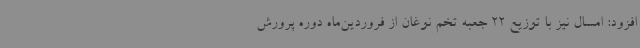
افزود: امسال نیز با توزیع 22 جعبه تخم نوغان از فروردین‌ماه دوره پرورش